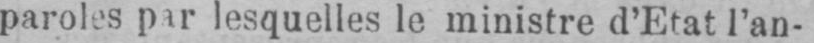
paroles par lesquelles le ministre d’Etat l’an-